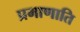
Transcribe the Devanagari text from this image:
प्रमाणाति